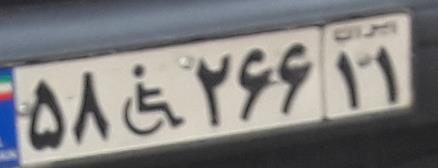
۵۸+۲۶۶۱۱